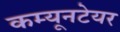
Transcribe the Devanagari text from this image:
कम्यूनटेयर